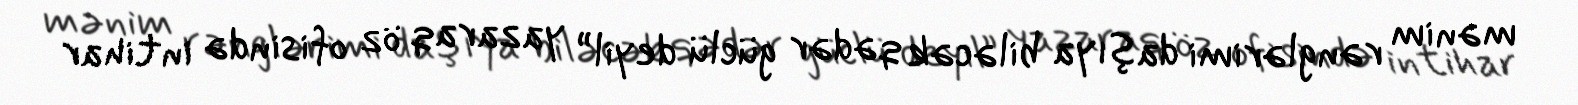
mənim rənglərimi daşıya biləcək qədər güclü deyil” yazaraq öz ofisində intihar